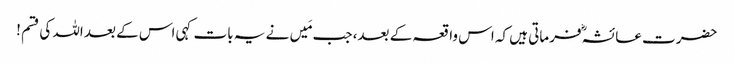
حضرت عائشہؓ فرماتی ہیں کہ اس واقعہ کے بعد، جب مَیں نے یہ بات کہی اس کے بعد اللہ کی قسم !